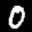
Label: 0